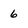
Character: 6